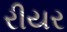
રીયર